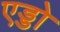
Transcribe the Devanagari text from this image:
एड्डो